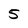
Character: 5